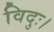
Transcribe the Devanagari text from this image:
विदुः।